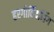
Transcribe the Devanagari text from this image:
हरगोविंदसिंग